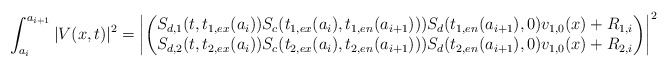
\begin{align*} \int_{a_i}^{a_{i+1}}|V(x,t)|^2=\left|\begin{pmatrix} S_{d,1}(t,t_{1,ex}(a_i))S_c(t_{1,ex}(a_i),t_{1,en}(a_{i+1})))S_d(t_{1,en}(a_{i+1}),0)v_{1,0}(x)+R_{1,i}\\S_{d,2}(t,t_{2,ex}(a_i))S_c(t_{2,ex}(a_i),t_{2,en}(a_{i+1})))S_d(t_{2,en}(a_{i+1}),0)v_{1,0}(x)+R_{2,i}\end{pmatrix}\right|^2\end{align*}